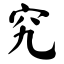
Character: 究